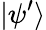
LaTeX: |\psi^{\prime}\rangle